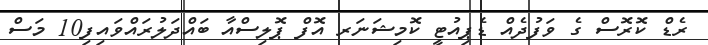
ރެޑް ކޮރޮސް ގެ ވަފުދެއް ޑެޕިއުޓީ ކޮމިޝަނަރ އޮފް ޕޮލިސްއާ ބައްދަލުުރައްވައިފި10 މަސް